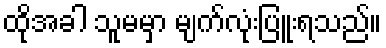
ထိုအခါ သူမမှာ မျက်လုံးပြူးရသည်။